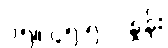
၁၅။ ၄၅.၅% နှုန်း